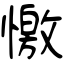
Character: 憿